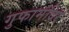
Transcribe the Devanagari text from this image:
गुफामंदिर